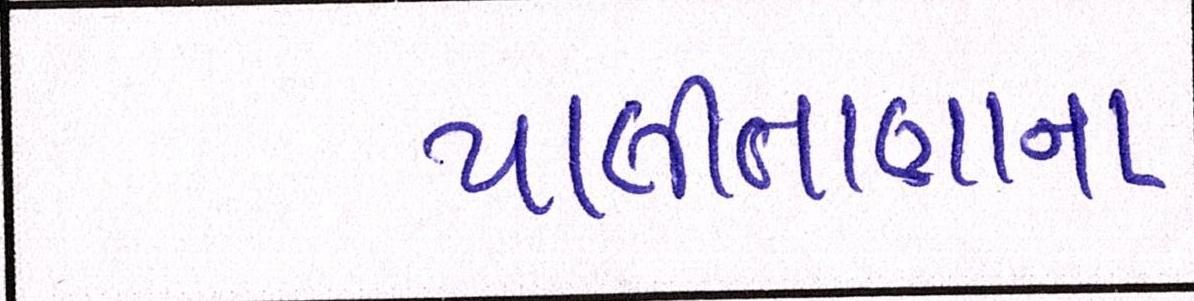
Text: પાલીતાણાના